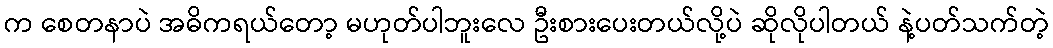
က စေတနာပဲ အဓိကရယ်တော့ မဟုတ်ပါဘူးလေ ဦးစားပေးတယ်လို့ပဲ ဆိုလိုပါတယ် နဲ့ပတ်သက်တဲ့